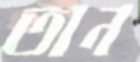
তান